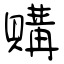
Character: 購